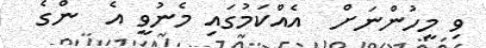
ވި މީހުންނަށް  އެއްކަމުގައި މެނުވީ އެ  ންގެ